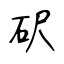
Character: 𥐮